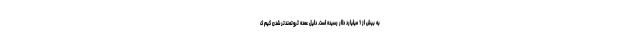
به بیش از 1 میلیارد دلار رسیده است. دلیل عمده ثروتمندتر شدن کیم ک